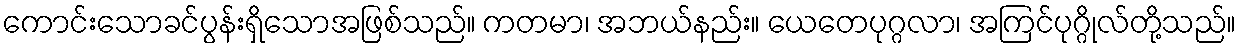
ကောင်းသောခင်ပွန်းရှိသောအဖြစ်သည်။ ကတမာ၊ အဘယ်နည်း။ ယေတေပုဂ္ဂလာ၊ အကြင်ပုဂ္ဂိုလ်တို့သည်။